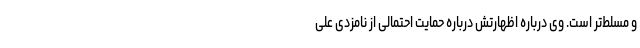
و مسلط‌تر است. وی درباره اظهارتش درباره حمایت احتمالی از نامزدی علی